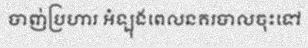
បាញ់ប្រហារ អំឡុងពេលនគរបាលចុះទៅ